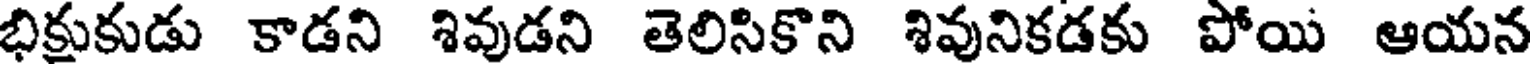
భిక్షుకుడు కాడని శివుడని తెలిసికొని శివునికడకు పోయి ఆయన